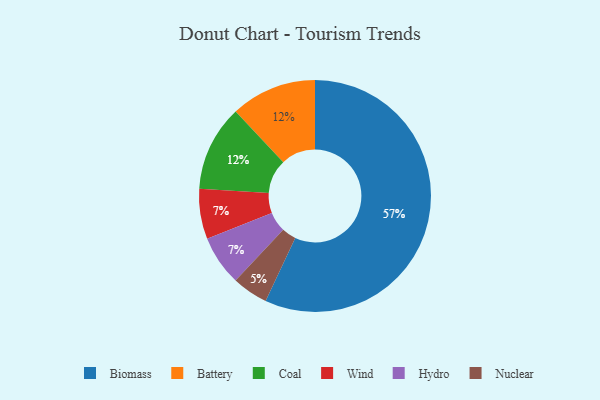
{"axis": {"x": "Category", "y": "Percentage"}, "legend": ["Battery", "Biomass", "Coal", "Hydro", "Nuclear", "Wind"], "data": [{"x": "Battery", "y": 12, "type": "Battery"}, {"x": "Nuclear", "y": 5, "type": "Nuclear"}, {"x": "Coal", "y": 12, "type": "Coal"}, {"x": "Wind", "y": 7, "type": "Wind"}, {"x": "Hydro", "y": 7, "type": "Hydro"}, {"x": "Biomass", "y": 57, "type": "Biomass"}]}